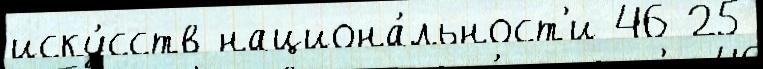
иску́сств национа́льност'и 46 25